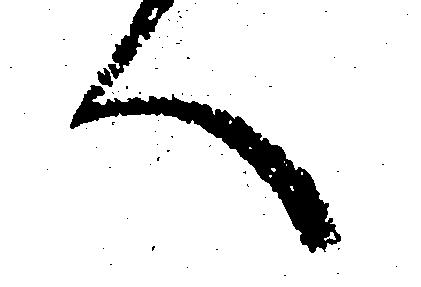
へ